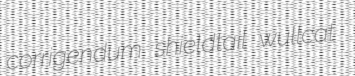
corrigendum shieldtail wullcat